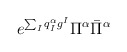
\begin{align*}e^{\sum_Iq^\alpha_Ig^I}\Pi^\alpha\bar{\Pi}^\alpha\end{align*}